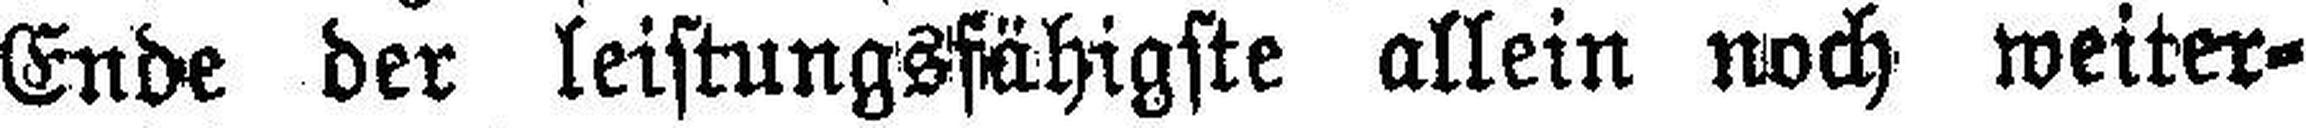
Ende der leistungsfähigste allein noch weiter¬